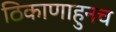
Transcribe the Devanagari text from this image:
ठिकाणाहुनच